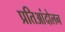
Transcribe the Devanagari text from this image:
प्रतिआंदोलन